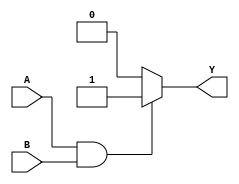
module combinational_logic (
    input wire A,      // First input
    input wire B,      // Second input
    output reg Y       // Output
);

// Always block with a sensitivity list for inputs A and B
always @ (A or B) begin
    // Continuous assignment using blocking assignment
    if (A && B) begin
        Y = 1'b1;      // Output is high if both inputs are high
    end else begin
        Y = 1'b0;      // Output is low otherwise
    end
end

endmodule